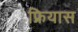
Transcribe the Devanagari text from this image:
फ्रियास